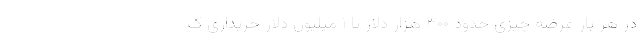
در هر بار عرضه چیزی حدود ۳۰۰ هزار دلار تا ۱ میلیون دلار خریداری ک